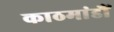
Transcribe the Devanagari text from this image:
काठमांडौं